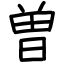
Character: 曽